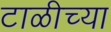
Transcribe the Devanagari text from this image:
टाळीच्या